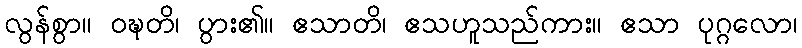
လွန်စွာ။ ဝဍ္ဎတိ၊ ပွား၏။ ဧသာတိ၊ ဧသဟူသည်ကား။ ဧသာ ပုဂ္ဂလော၊